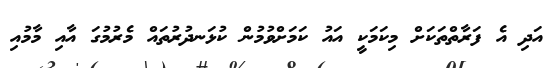
އަދި އެ ފަރާތްތަކަށް މިކަމަކީ އައު ކަމަށްވުމުން ކުޅަނދުރުތައް މެރުމުގަ އާއި މާމުއި